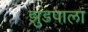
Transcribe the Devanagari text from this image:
झुडपाला